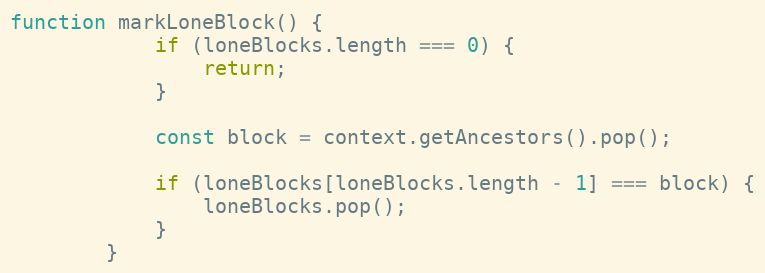
Language: JavaScript
function markLoneBlock() {
            if (loneBlocks.length === 0) {
                return;
            }

            const block = context.getAncestors().pop();

            if (loneBlocks[loneBlocks.length - 1] === block) {
                loneBlocks.pop();
            }
        }